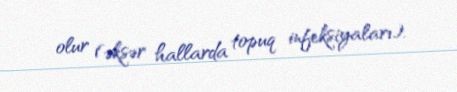
olur (əksər hallarda topuq infeksiyaları).